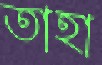
তাহা